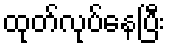
ထုတ်လုပ်နေပြီး